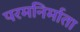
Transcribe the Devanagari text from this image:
परमनिर्माता